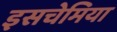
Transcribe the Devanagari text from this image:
इसचेमिया